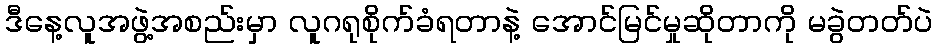
ဒီနေ့လူအဖွဲ့အစည်းမှာ လူဂရုစိုက်ခံရတာနဲ့ အောင်မြင်မှုဆိုတာကို မခွဲတတ်ပဲ